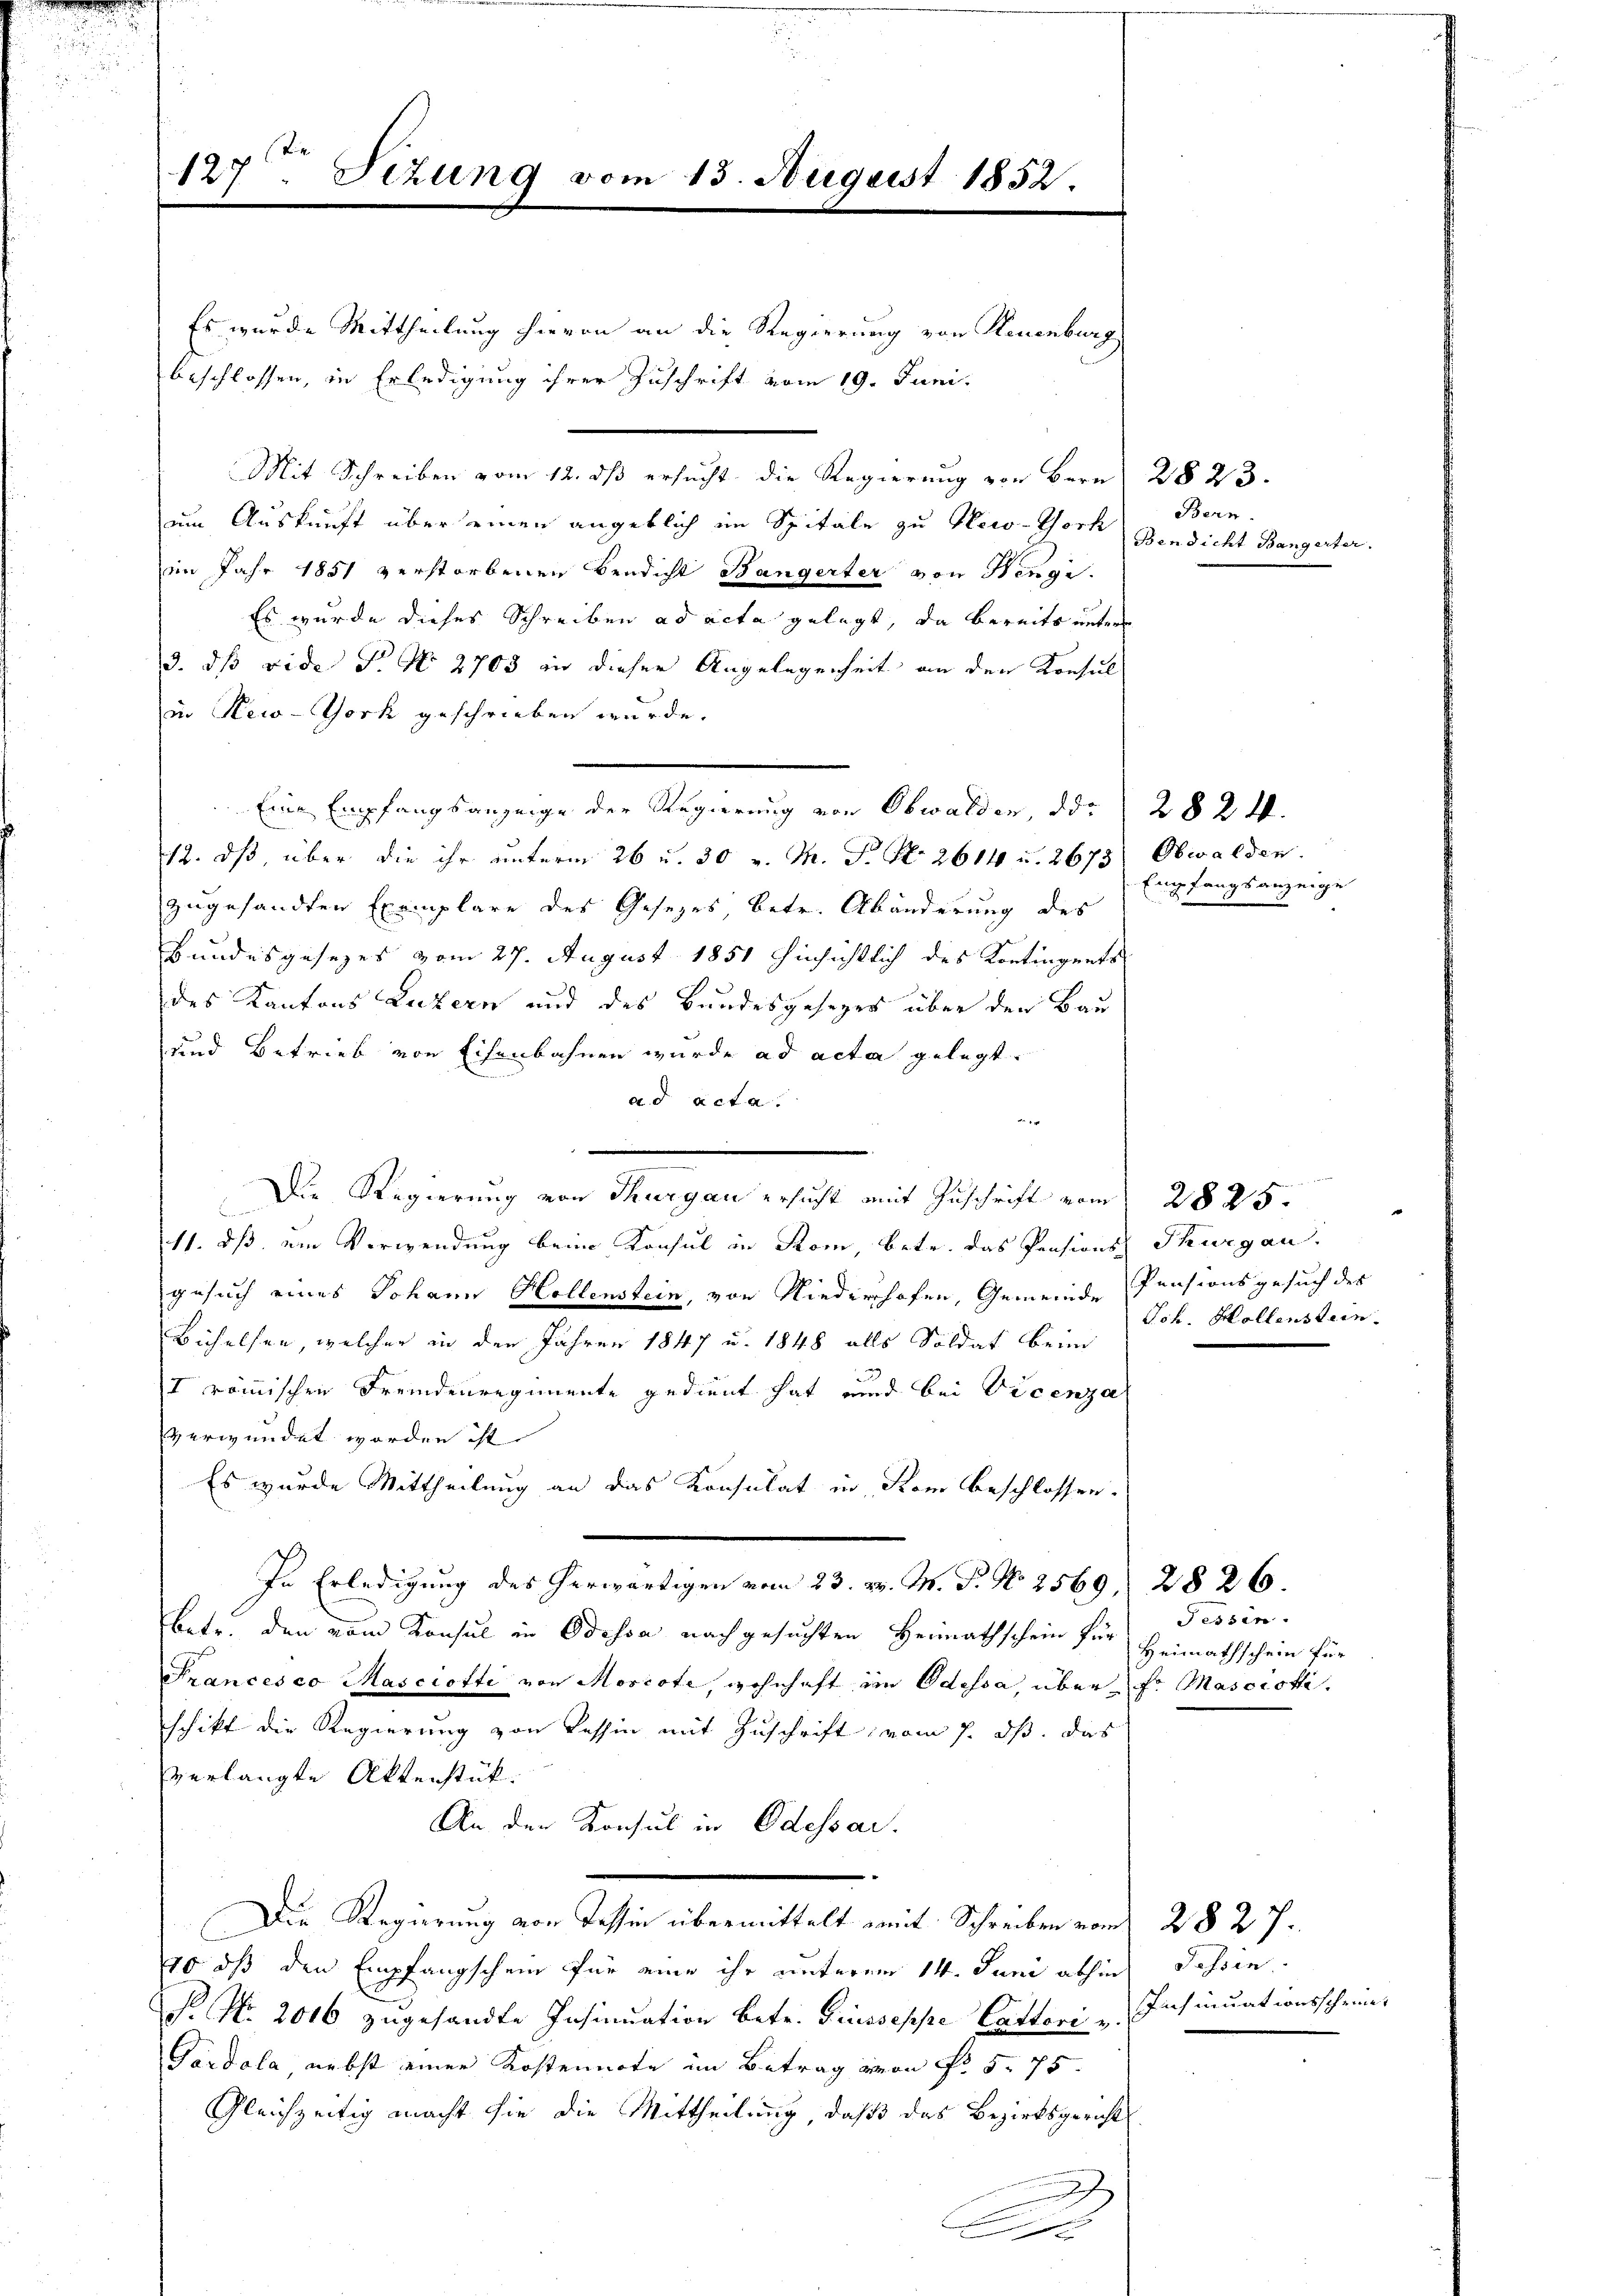
127ten Sizung vom 15. August 1852.

Es wurde Mittheilung hievon an die Regierung von Neuenburg
beschlossen, in Erledigung ihrer Zuschrift vom 19. Juni.
Mit Schreiben vom 12. ds ersucht die Regierung von Bern 2823.
um Auskunft über einen angeblich im Spitale zu Hero-York
in Jahr 1851 verstorbenen Bendicht Bangerter von Benge.
Es wurde dieses Schreiben ad acta gelegt, da bereits unter
3. ds vide P. No 2703 wir dieser Angelegenheit an den Konsul
in New-York geschrieben wurde.
Eine Empfangsanzeige der Regierung von Obwalden der 282 f.
12. dβ, über die ihr unterm 26 u. 30 v. M. P. Nr. 2614 u. 2673 Obwalden.
zugesandten Exemplare des Gesezes betr. Abänderung des
Bundesgesezes vom 27. August 1851 hinsichtlich des Kontingents
des Kantons Luzern und des Bundesgesezes über der Bau
und Betrieb von Eisenbahnen wurde ad acta gelegt.
ad acta.
e
Die Regierung von Thurgau ersucht mit Zuschrift vom 2825.
11. dß ein Verwendung beim Konsul in Rom betr. das Pensions Thurgau.
gesuch eines Johann Hollenstein, von Niederhofen, Gemeinde Pensionsgesuch des
Bichelsen, welcher in den Jahren 1847 u. 1848 alls Soldat beim
I römischen Fremdenregimente gedient hat und bei Vicenza
verwendet worden ist.
Es wurde Mittheilung an das Konsulat in Rom beschlossen.
In Erledigung des herwärtigen vom 23. v. M. P. Nr. 2569 2826.
betr. den vom Konsul in Odessa nachgesuchten Heimathschein für Heimathschein für
Francesco Masciotti von Morcote, wohnhaft im Odessa, über Fr Masciotta.
schikt die Regierung von Tessin mit Zuschrift vom 7. ds. das
verlangte Aktenstück.
An den Konsul in Odessar.
Die Regierung von Tessin übermittelt weit Schreiben vom 2827.
10 dß den Empfangschein für eine ihr unterem 14. Juni abhin Tessin.
P No. 2016 zugesandte Insinuation betr. Ginsseppe Cattori v.
Gardola nebst einer Kostennote im Betrag von Fr. 5. 75.
Gleichzeitig macht sie die Mittheilung, daß das Bezirksgericht
J
x

Bern.
Bendicht Bangerter.

Empfangsanzeige

Joh. Hollensten.

Tessin.

sich inuationsschein,